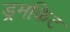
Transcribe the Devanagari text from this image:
ड्रमकिट